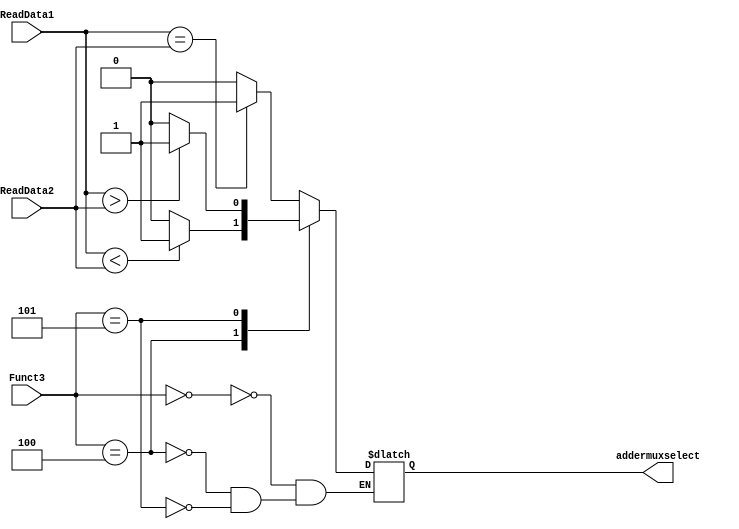
`timescale 1ns / 1ps
//////////////////////////////////////////////////////////////////////////////////
// Company: 
// Engineer: 
// 
// Design Name: 
// Module Name: Branch_unit
// Project Name: 
// Target Devices: 
// Tool Versions: 
// Description: 
// 
// Dependencies: 
// 
// Revision:
// Revision 0.01 - File Created
// Additional Comments:
// 
//////////////////////////////////////////////////////////////////////////////////

module Branch_unit(
   input [2:0] Funct3,
   input [63:0] ReadData1,
   input [63:0] ReadData2,
   output reg addermuxselect
  );
  
  initial
    begin
      addermuxselect = 1'b0;
    end
  
  always @(*)
	begin
      case (Funct3)
        3'b000:
          begin
            if (ReadData1 == ReadData2)
              addermuxselect = 1'b1;
            else
              addermuxselect = 1'b0;
            end
         3'b100:
    		begin
              if (ReadData1 < ReadData2)
              addermuxselect = 1'b1;
            else
              addermuxselect = 1'b0;
            end
        3'b101:
          begin
            if (ReadData1 > ReadData2)
          	addermuxselect = 1'b1;
           else
              addermuxselect = 1'b0;
          end    
      endcase
     end
endmodule